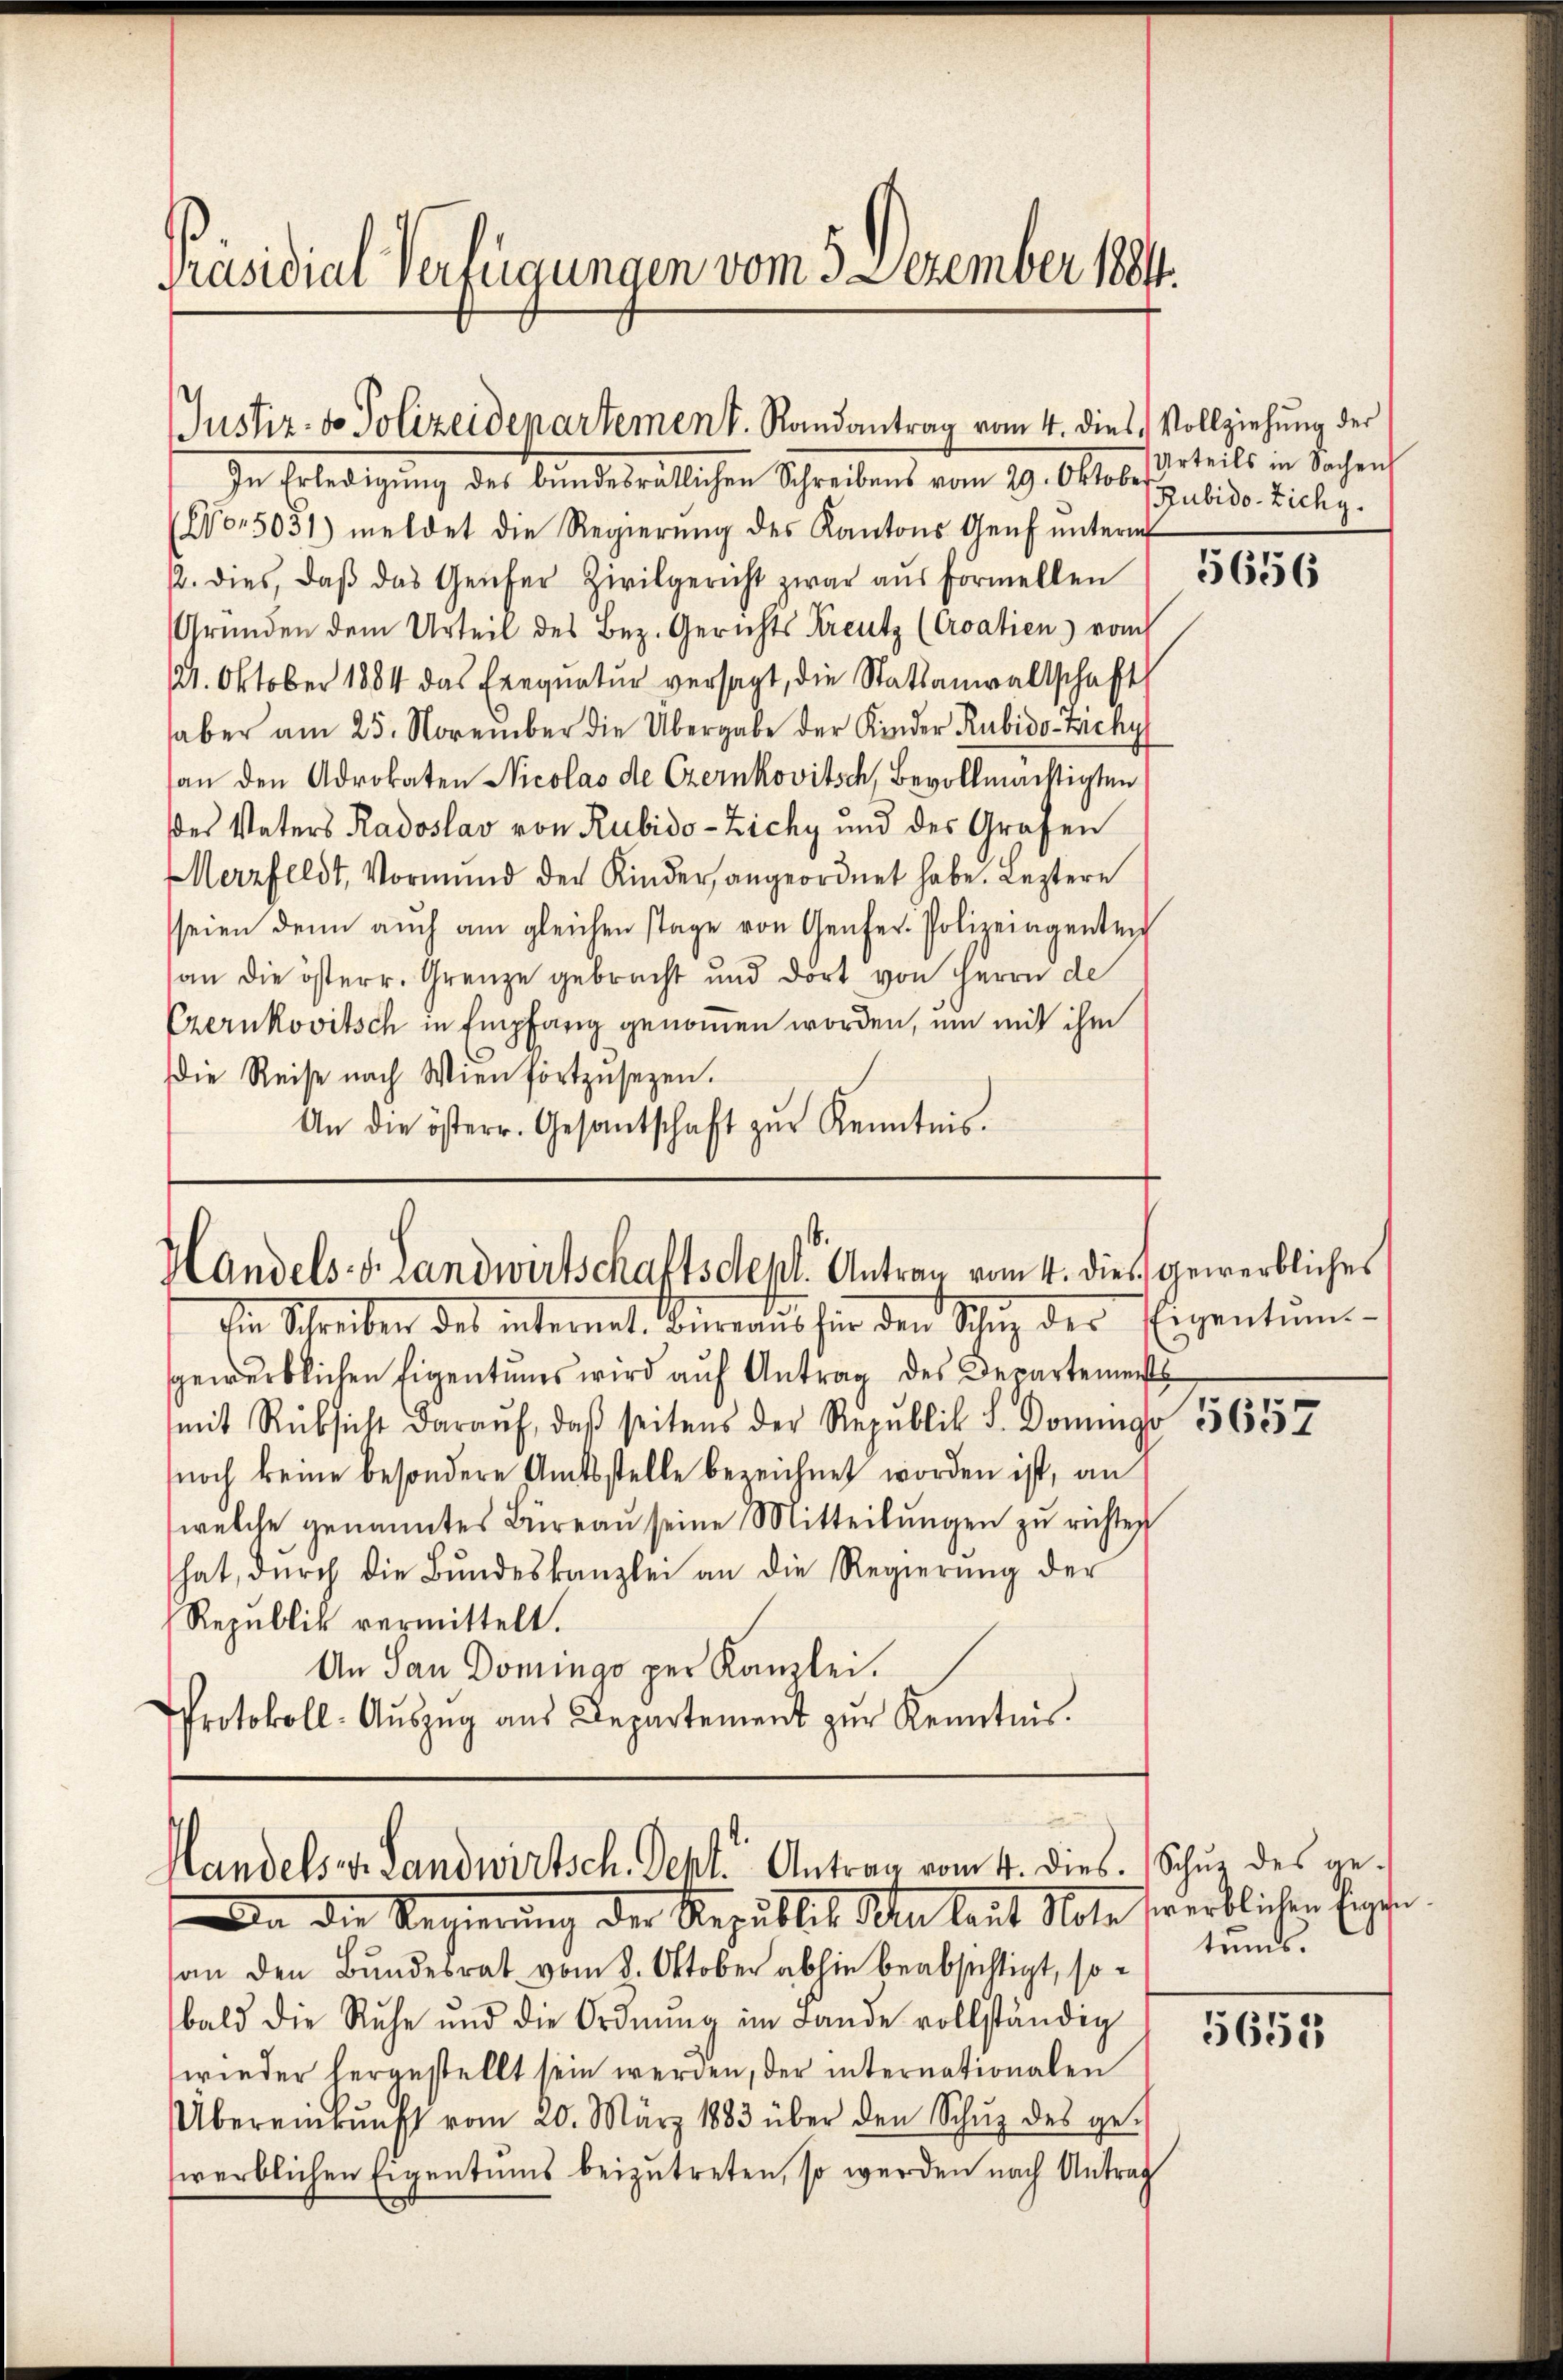
Präsidial-Verfügungen vom 3. Dezember 1884.

In Erledigung des bundesrätlichen Schreibens vom 29. Oktob. Urteils in Sachen
6o. 5051) meldet die Regierŭng des Kantons Genf ŭnterm
12. dies, daβ das Genfer Zivilgericht zwar aŭs formellen
Gründen dem Urteil des Bez. Gerichts Kreutz (Croatien) vom
/1. Oktober 1884 das Exequatur versagt, die Statsanwaltschaft
aber am 25. November die Übergabe der Kinder Rubido-Zachy
an den Advokaten Nicolas de Czernkovitsch, Bevollmächtigten
es Vaters Radoslav von Rubido-Zichy und des Grafen
Merzfeldt, Vormŭnd der Kinder angeordnet habe. Leztere
seien denn aŭch am gleichen stage von Genfer- Polizeiagenten
an die österr. Grenze gebracht und dort von Herrn de
Czernkovitsch in Empfang genommen worden, um mit ihm
die Reise nach Wien fortzusetzen.
An die österr. Gesantschaft zŭr Kenntnis.

Justiz- & Polizeidepartement. Randantrag vom 4. dies Vollziehung der

Handels-S. Landwirtschaftsdept. Antrau vom 4. die gewerbliches

landels v. Landwirtsch. Sept. Antrag vom 4. dies. Schŭz des ge¬

Rubido-Zichy.

Iin Schreiben des internat. Büreaŭs für den Sitŭng der Eigentums-
gewerblichen Eigentums wird auf Antrag des Departement
mit Rücksicht daraŭf, daβ seitens der Republik d. Doming 356557
noch keine besondere Amtsstelle bezeichnet worden ist, an
welche genanntes Büreaŭ seine Mitteilŭngen zŭ richten
hat, dŭrch die Bŭndeskanzlei an die Regierŭng der
Republik vermittelt.
An San Domingo per Kanzlei.
Protokoll- Aŭszŭg aŭs Departement zŭr Kenntnis.

An die Regierung der Republik Aln laut Note fwerblichen Eigen
an den Bundesrat vom 8. Oktober abhin beabsichtigt, sobald die Ruhe und die Ordnŭng im Lande vollständig
wieder heranstellt sein werden, der internationalen
Übereinkunft vom 20. März 1883 über den Schŭz des ge-
werblichen Eigentums beizutreten, so werden nach Antrag

5656

tums.

5652